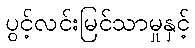
ပွင့်လင်းမြင်သာမှုနှင့်